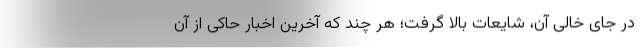
در جای خالی آن، شایعات بالا گرفت؛ هر چند که آخرین اخبار حاکی از آن